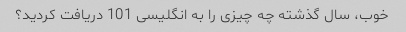
خوب، سال گذشته چه چیزی را به انگلیسی 101 دریافت کردید؟